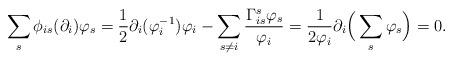
LaTeX: \begin{align*} \sum_s\phi_{is}(\partial_i)\varphi_s&=\frac{1}{2}\partial_i(\varphi^{-1}_i)\varphi_i-\sum_{s\neq i}\frac{\Gamma_{is}^s\varphi_s}{\varphi_i}=\frac{1}{2\varphi_i}\partial_i\Big(\sum_s\varphi_s\Big)=0. \end{align*}